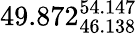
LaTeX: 49.872_{46.138}^{54.147}